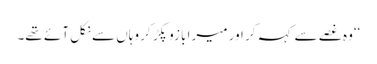
‘‘وہ غصے سے کہہ کر اور میرا بازو پکڑ کر وہاں سے نکل آئے تھے۔